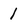
Character: 1